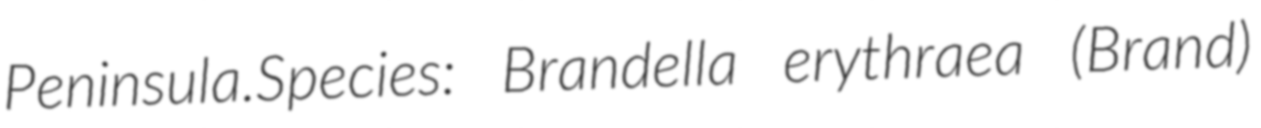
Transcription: Peninsula.Species: Brandella erythraea (Brand)